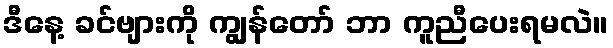
ဒီနေ့ ခင်ဗျားကို ကျွန်တော် ဘာ ကူညီပေးရမလဲ။